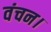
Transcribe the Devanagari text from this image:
वंचन।